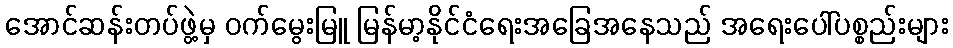
အောင်ဆန်းတပ်ဖွဲ့မှ ဝက်မွေးမြူ မြန်မာ့နိုင်ငံရေးအခြေအနေသည် အရေးပေါ်ပစ္စည်းများ